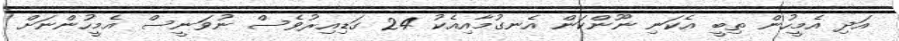
އަދި އެމީހުން ތިބީ އެކަނި ނޫންކަން އެނގުމާއިއެކު 24 ގަޑިއިރުވެސް ނުވަނީސް އެމީހުންނަށް